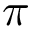
\pi